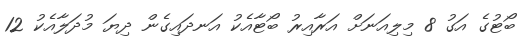
ބޯޓުގެ އަގު 8 މިލިއަނަށް އަރާއިރު ބޯޓާއެކު އަނދައިގެން ދިޔަ މުދަލާއެކު 12